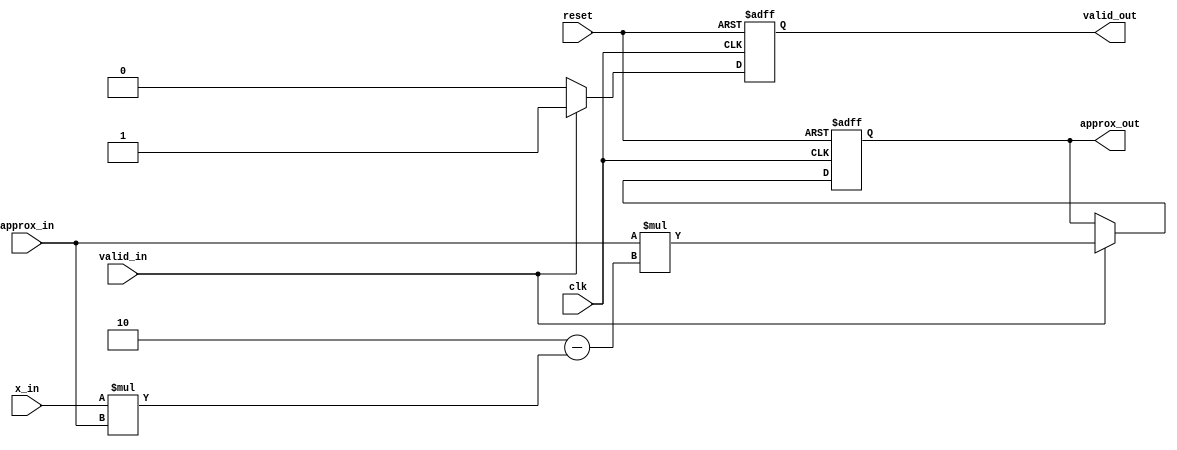
module PE (
    input wire clk,
    input wire reset,
    input wire valid_in,
    input wire [31:0] x_in, // Input number for which reciprocal is calculated
    input wire [31:0] approx_in, // Current approximation of the reciprocal
    output reg [31:0] approx_out, // New approximation of the reciprocal
    output reg valid_out // Valid signal for output
);

    // Example of Newton-Raphson iteration for reciprocal:
    // x_{n+1} = x_n * (2 - x * x_n)

    always @(posedge clk or posedge reset) begin
        if (reset) begin
            approx_out <= 32'b0;
            valid_out <= 1'b0;
        end else if (valid_in) begin
            // Compute the next approximation
            approx_out <= approx_in * (32'h2 - (x_in * approx_in));
            valid_out <= 1'b1;
        end else begin
            valid_out <= 1'b0;
        end
    end
endmodule